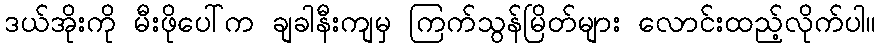
ဒယ်အိုးကို မီးဖိုပေါ်က ချခါနီးကျမှ ကြက်သွန်မြိတ်များ လောင်းထည့်လိုက်ပါ။